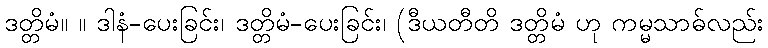
ဒတ္တိမံ။ ။ ဒါနံ-ပေးခြင်း၊ ဒတ္တိမံ-ပေးခြင်း၊ (ဒီယတီတိ ဒတ္တိမံ ဟု ကမ္မသာဓ်လည်း